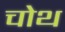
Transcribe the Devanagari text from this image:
चोथ